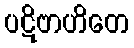
ပဋိဗာဟိတေ